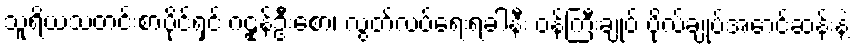
သူရိယသတင်းစာပိုင်ရှင် ဂဠုန်ဦးစော၊ လွတ်လပ်ရေးရခါနီး ဝန်ကြီးချုပ် ဗိုလ်ချုပ်အောင်ဆန်းနဲ့